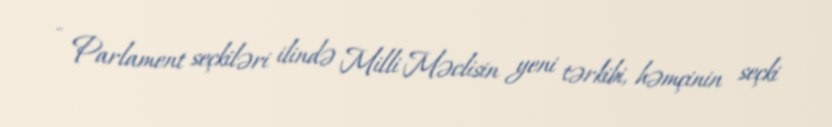
- Parlament seçkiləri ilində Milli Məclisin yeni tərkibi, həmçinin seçki